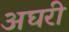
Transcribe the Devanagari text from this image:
अघरी